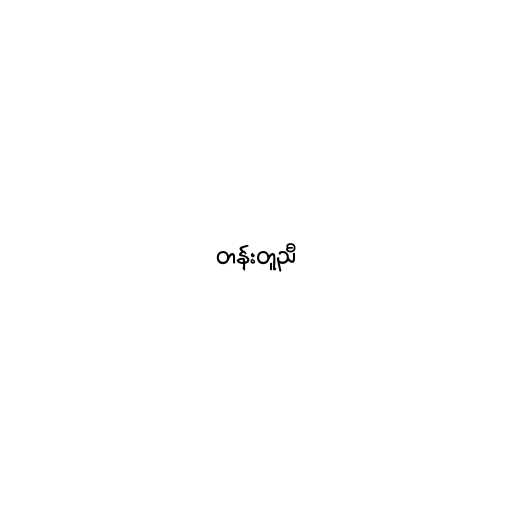
တန်းတူညီ